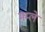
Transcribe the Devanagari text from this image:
मम्ले